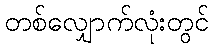
တစ်လျှောက်လုံးတွင်